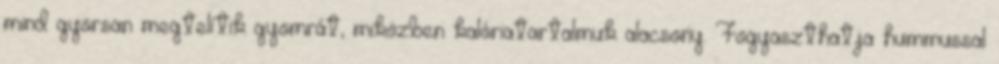
mind gyorsan megtelítik gyomrát, miközben kalóriatartalmuk alacsony. Fogyaszthatja hummussal